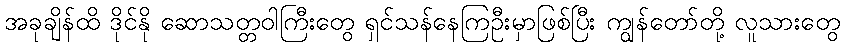
အခုချိန်ထိ ဒိုင်နို ဆောသတ္တဝါကြီးတွေ ရှင်သန်နေကြဦးမှာဖြစ်ပြီး ကျွန်တော်တို့ လူသားတွေ